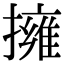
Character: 擁